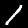
Digit: 1